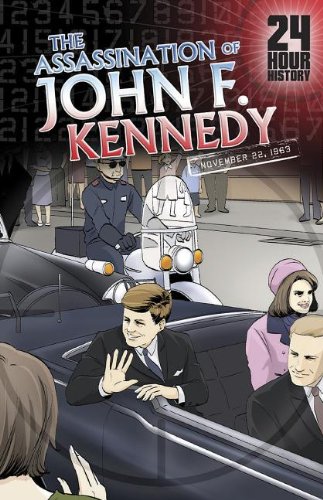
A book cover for The Assassination of John F. Kennedy: November 22, 1963 (24-Hour History); Terry Collins; Children's Books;